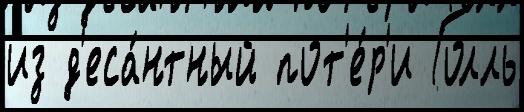
из д'еса́нтный пот'е́р'и Голль